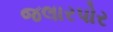
જલારપોર